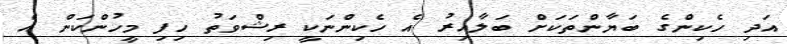
އަދި ހެކިންގެ ބަޔާންތަކަށް ބަލާއިރު އެ ހެކިންނަކީ ރިޝްވަތު ހިފި މީހުންކަން އެ